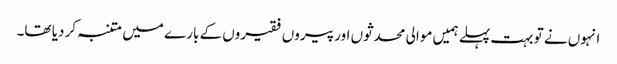
انہوں نے تو بہت پہلے ہمیں موالی محدثوں اور پیروں فقیروں کے بارے میں متنبہ کر دیا تھا۔